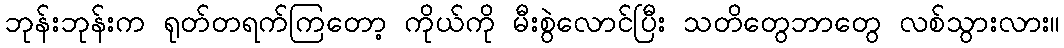
ဘုန်းဘုန်းက ရုတ်တရက်ကြတော့ ကိုယ်ကို မီးစွဲလောင်ပြီး သတိတွေဘာတွေ လစ်သွားလား။